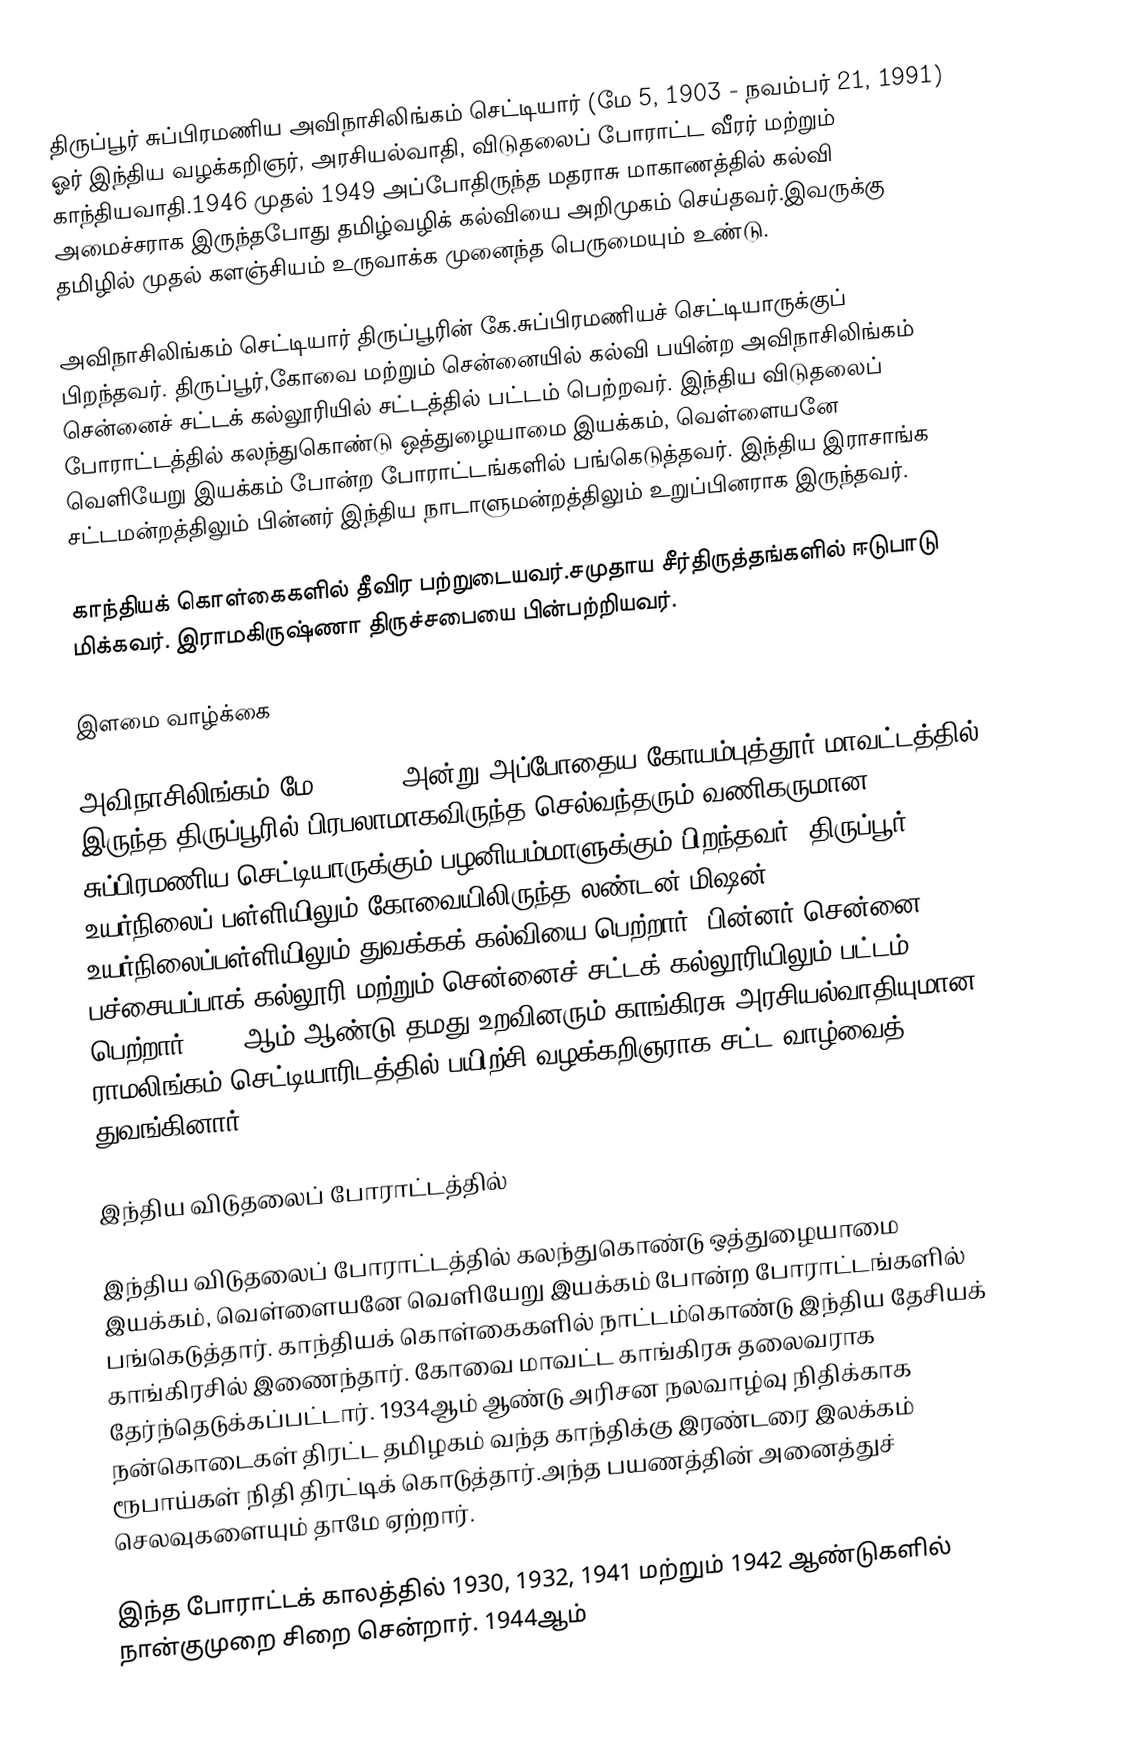
திருப்பூர் சுப்பிரமணிய அவிநாசிலிங்கம் செட்டியார் (மே 5, 1903 - நவம்பர் 21, 1991) ஓர் இந்திய வழக்கறிஞர், அரசியல்வாதி, விடுதலைப் போராட்ட வீரர் மற்றும் காந்தியவாதி.1946 முதல் 1949 அப்போதிருந்த மதராசு மாகாணத்தில் கல்வி அமைச்சராக இருந்தபோது தமிழ்வழிக் கல்வியை அறிமுகம் செய்தவர்.இவருக்கு தமிழில் முதல் களஞ்சியம் உருவாக்க முனைந்த பெருமையும் உண்டு.

அவிநாசிலிங்கம் செட்டியார் திருப்பூரின் கே.சுப்பிரமணியச் செட்டியாருக்குப் பிறந்தவர். திருப்பூர்,கோவை மற்றும் சென்னையில் கல்வி பயின்ற அவிநாசிலிங்கம் சென்னைச் சட்டக் கல்லூரியில் சட்டத்தில் பட்டம் பெற்றவர். இந்திய விடுதலைப் போராட்டத்தில் கலந்துகொண்டு ஒத்துழையாமை இயக்கம், வெள்ளையனே வெளியேறு இயக்கம் போன்ற போராட்டங்களில் பங்கெடுத்தவர். இந்திய இராசாங்க சட்டமன்றத்திலும் பின்னர் இந்திய நாடாளுமன்றத்திலும் உறுப்பினராக இருந்தவர்.

காந்தியக் கொள்கைகளில் தீவிர பற்றுடையவர்.சமுதாய சீர்திருத்தங்களில் ஈடுபாடு மிக்கவர். இராமகிருஷ்ணா திருச்சபையை பின்பற்றியவர்.

இளமை வாழ்க்கை

அவிநாசிலிங்கம் மே 05,1903 அன்று அப்போதைய கோயம்புத்தூர் மாவட்டத்தில் இருந்த திருப்பூரில் பிரபலாமாகவிருந்த செல்வந்தரும் வணிகருமான சுப்பிரமணிய செட்டியாருக்கும் பழனியம்மாளுக்கும் பிறந்தவர். திருப்பூர் உயர்நிலைப் பள்ளியிலும் கோவையிலிருந்த லண்டன் மிஷன் உயர்நிலைப்பள்ளியிலும் துவக்கக் கல்வியை பெற்றார். பின்னர் சென்னை பச்சையப்பாக் கல்லூரி மற்றும் சென்னைச் சட்டக் கல்லூரியிலும் பட்டம் பெற்றார். 1926ஆம் ஆண்டு தமது உறவினரும் காங்கிரசு அரசியல்வாதியுமான ராமலிங்கம் செட்டியாரிடத்தில் பயிற்சி வழக்கறிஞராக சட்ட வாழ்வைத் துவங்கினார்.

இந்திய விடுதலைப் போராட்டத்தில்

இந்திய விடுதலைப் போராட்டத்தில் கலந்துகொண்டு ஒத்துழையாமை இயக்கம், வெள்ளையனே வெளியேறு இயக்கம் போன்ற போராட்டங்களில் பங்கெடுத்தார். காந்தியக் கொள்கைகளில் நாட்டம்கொண்டு இந்திய தேசியக் காங்கிரசில் இணைந்தார். கோவை மாவட்ட காங்கிரசு தலைவராக தேர்ந்தெடுக்கப்பட்டார். 1934ஆம் ஆண்டு அரிசன நலவாழ்வு நிதிக்காக நன்கொடைகள் திரட்ட தமிழகம் வந்த காந்திக்கு இரண்டரை இலக்கம் ரூபாய்கள் நிதி திரட்டிக் கொடுத்தார்.அந்த பயணத்தின் அனைத்துச் செலவுகளையும் தாமே ஏற்றார்.

இந்த போராட்டக் காலத்தில் 1930, 1932, 1941 மற்றும் 1942 ஆண்டுகளில் நான்குமுறை சிறை சென்றார். 1944ஆம்